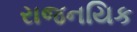
રાજનયિક